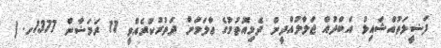
ފަޟީލަތުއްޝައިޅް އަބްދުއް ޖަލާލުއްދީން ދެމިއޮތުމުގެ ޢާލަމަށް ދަތުރުކުރެއްވީ 11 ރަމަޟާން 1377ހ. (